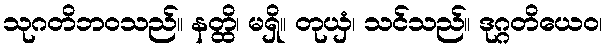
သုဂတိဘဝသည်။ နတ္ထိ၊ မရှိ။ တုယှံ၊ သင်သည်။ ဒုဂ္ဂတိယေဝ၊